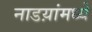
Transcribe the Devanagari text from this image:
नाडय़ांमध्ये